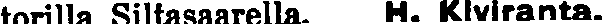
torilla Siltasaarella. H. Kiviranta.